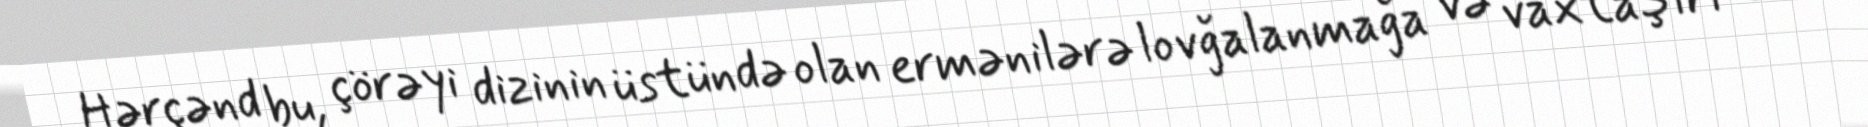
Hərçənd bu, çörəyi dizinin üstündə olan ermənilərə lovğalanmağa və vaxtaşırı öz